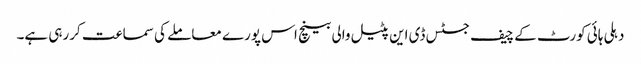
دہلی ہائی کورٹ کے چیف جسٹس ڈی این پٹیل والی بینچ اس پورے معاملے کی سماعت کررہی ہے۔